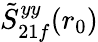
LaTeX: \tilde{S}_{21f}^{yy}(r_{0})